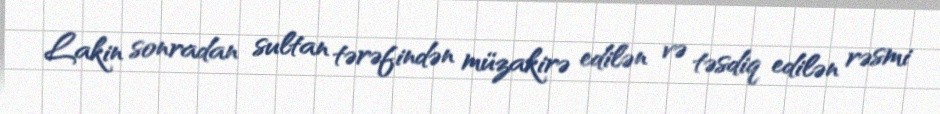
Lakin sonradan sultan tərəfindən müzakirə edilən və təsdiq edilən rəsmi